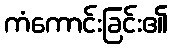
ကံကောင်းခြင်း၏